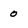
Character: 0